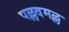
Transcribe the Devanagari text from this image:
पल्लवमल्ल